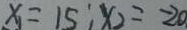
x _ { 1 } = 1 5 ^ { \prime } x _ { 2 } = - 2 a